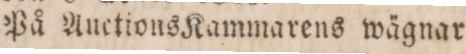
På AuctionsKammarens wägnar